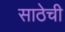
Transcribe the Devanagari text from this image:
साठेची